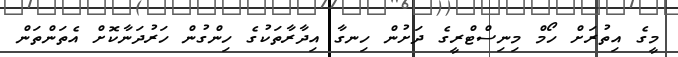
މީގެ އިތުރަށް ހޯމް މިނިސްޓްރީގެ ދަށުން ހިނގާ އިދާރާތަކުގެ ހިންގުން ހަރުދަނާކޮށް އެތަންތަން